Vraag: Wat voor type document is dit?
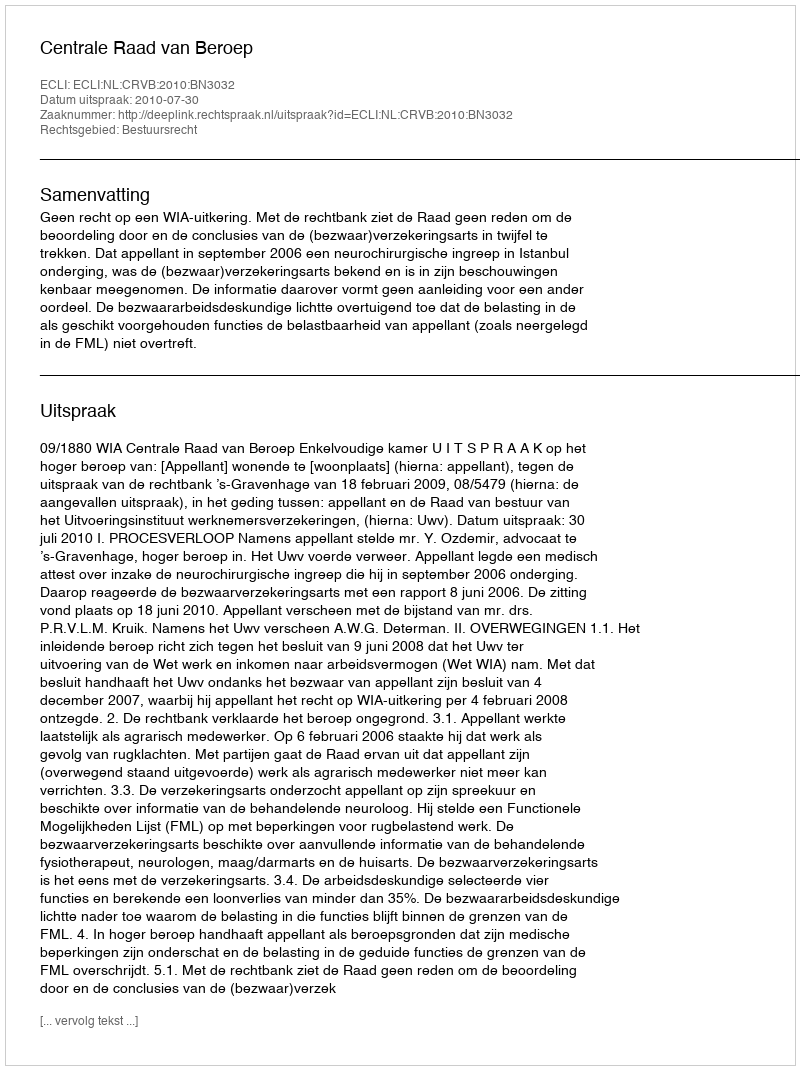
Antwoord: Uitspraak